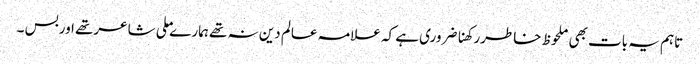
تاہم یہ بات بھی ملحوظ خاطررکھناضروری ہے کہ علامہ عالم دین نہ تھے ہمارے ملی شاعرتھے اوربس ۔